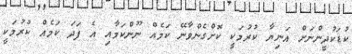
ކުޑަކުދީންނަށް އަނިޔާ ކުރުމަކީ ކޮށްގެންވާނޭ ކަމެއް ނޫންކަމާއި އެ ފަދަ ކަމެއް ކުރުމަކީ